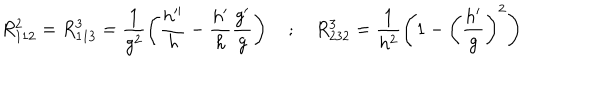
LaTeX: R _ { 1 1 2 } ^ { 2 } = R _ { 1 1 3 } ^ { 3 } = \frac { 1 } { g ^ { 2 } } \left( \frac { h ^ { \prime \prime } } { h } - \frac { h ^ { \prime } } { h } \frac { g ^ { \prime } } { g } \right) \quad ; \quad R _ { 2 3 2 } ^ { 3 } = \frac { 1 } { h ^ { 2 } } \left( 1 - \left( \frac { h ^ { \prime } } { g } \right) ^ { 2 } \right)